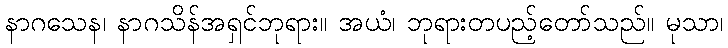
နာဂသေန၊ နာဂသိန်အရှင်ဘုရား။ အယံ၊ ဘုရားတပည့်တော်သည်။ မုသာ၊